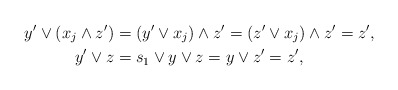
\begin{align*}y'\vee (x_{j}\wedge z') & = (y'\vee x_{j})\wedge z' = (z'\vee x_{j})\wedge z' = z',\quad\\y'\vee z & = s_{1}\vee y\vee z = y\vee z' = z',\end{align*}